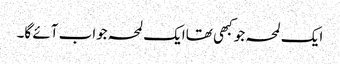
ایک لمحہ جو کبھی تھاایک لمحہ جواب آئے گا۔